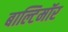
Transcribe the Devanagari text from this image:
बाल्टिमॉर